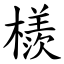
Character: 檨